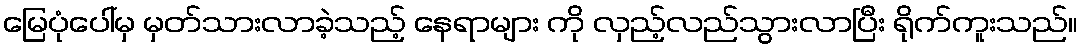
မြေပုံပေါ်မှ မှတ်သားလာခဲ့သည့် နေရာများ ကို လှည့်လည်သွားလာပြီး ရိုက်ကူးသည်။